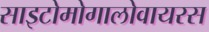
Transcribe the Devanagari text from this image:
साइटोमोगालोवायरस